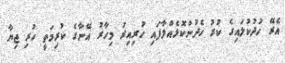
އެރޭ ހުދުކުލައިގެ ކުރު ހެދުންކޮޅެއްލާފައި ހުރިއިރު މިހާރު އޭނާގެ ކުރިމަތީ ހުރި ޖިޔާ